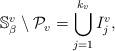
LaTeX: \begin{align*}\mathbb{S}^v_{\beta}\setminus \mathcal{P}_v=\bigcup_{j=1}^{k_v}I^v_j,\end{align*}